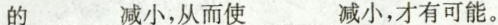
的___减小，从而使____减小，才有可能。